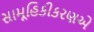
સામૂહિકીકરણએ